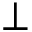
\perp